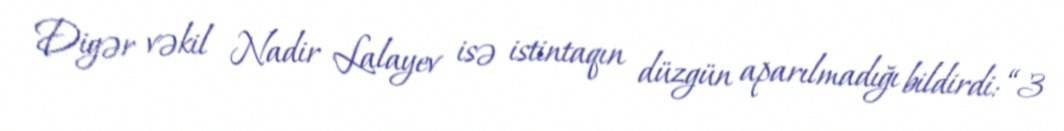
Digər vəkil Nadir Lalayev isə istintaqın düzgün aparılmadığı bildirdi: “3